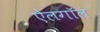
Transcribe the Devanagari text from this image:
ऐलगॉल